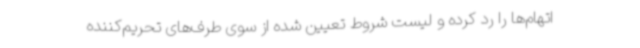
اتهام‌ها را رد کرده و لیست شروط تعیین شده از سوی طرف‌های تحریم‌کننده